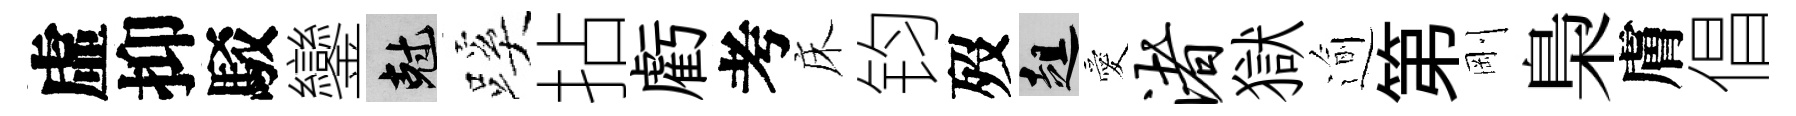
虛抑駁鑾剋蹊拈虧考床钧歿趄愛渚獄逾第剛梟膚倡